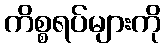
ကိစ္စရပ်များကို